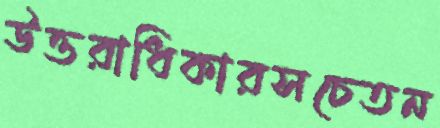
উত্তরাধিকারসচেতন